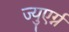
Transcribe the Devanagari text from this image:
ज्युएर्ग्न